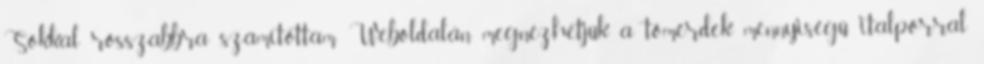
Sokkal rosszabbra számítottam. Weboldalán megnézhetjük a tömérdek mennyiségű italporral